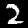
Digit: 2